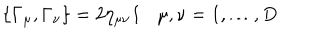
\{ \Gamma _ { \mu } , \Gamma _ { \nu } \} = 2 \eta _ { \mu \nu } { \bf 1 } \mu , \nu = 1 , \ldots , D